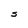
Character: S